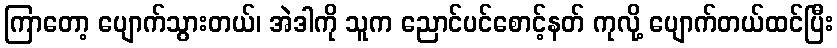
ကြာတော့ ပျောက်သွားတယ်၊ အဲဒါကို သူက ညောင်ပင်စောင့်နတ် ကုလို့ ပျောက်တယ်ထင်ပြီး